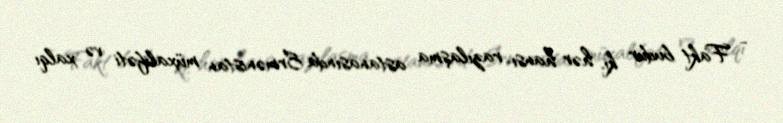
- Fakt budur ki, hər hansı razılaşma astanasında Ermənistan müxalifəti və xalqı